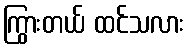
ကြွားတယ် ထင်သလား